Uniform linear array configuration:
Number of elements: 48
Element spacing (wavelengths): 0.5
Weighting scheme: uniform
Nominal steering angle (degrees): -45
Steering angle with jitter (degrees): -43.175
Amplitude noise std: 0.05
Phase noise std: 0.05

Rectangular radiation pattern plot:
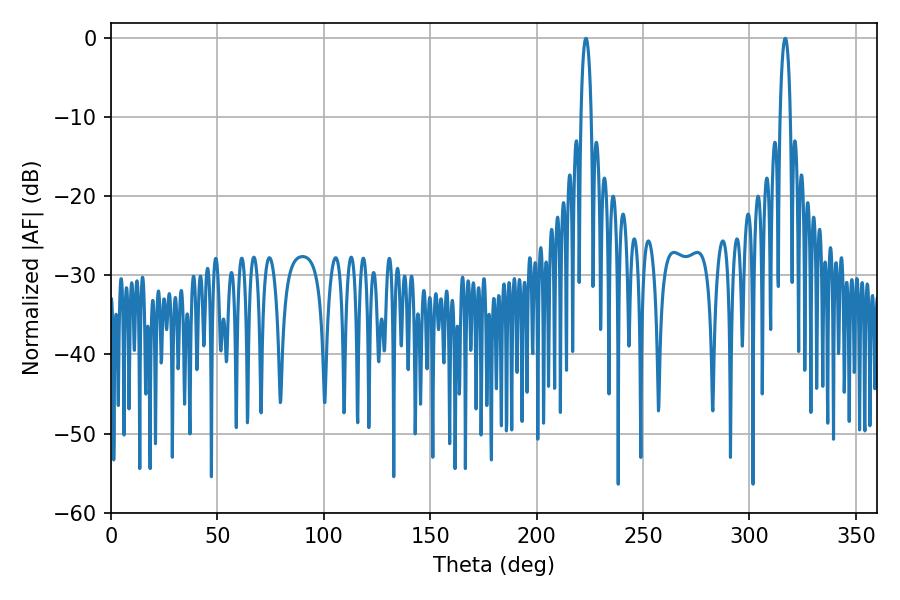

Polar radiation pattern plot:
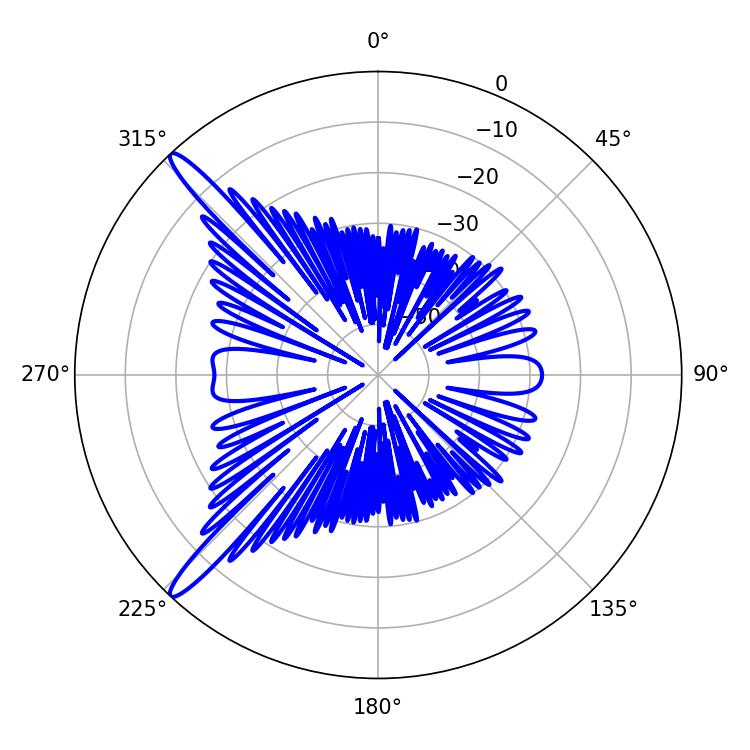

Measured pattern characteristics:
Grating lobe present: FALSE
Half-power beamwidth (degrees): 2.7
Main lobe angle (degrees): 316.8